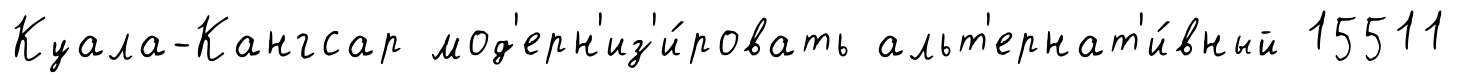
Куала-Кангсар мод'ерн'из'и́ровать альт'ернат'и́вный 15511